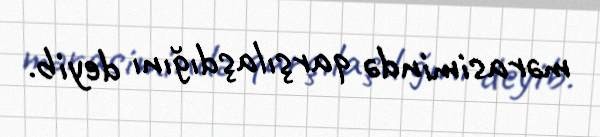
mərasimində qarşılaşdığını deyib.